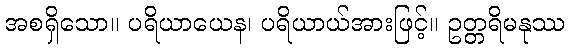
အစရှိသော။ ပရိယာယေန၊ ပရိယာယ်အားဖြင့်။ ဥတ္တရိမနုဿ